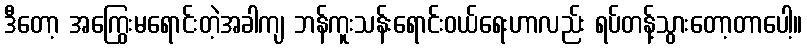
ဒီတော့ အကြွေးမရောင်းတဲ့အခါကျ ဘန်ကူးသန်းရောင်းဝယ်ရေးဟာလည်း ရပ်တန့်သွားတော့တာပေါ့။